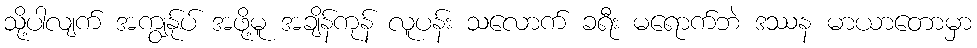
သို့ပါလျက် အကျွန်ုပ် အဖို့မူ အချိန်ကုန် လူပန်း သလောက် ခရီး မရောက်ဘဲ ဒဿန မာယာတောမှာ